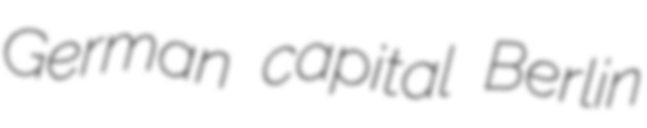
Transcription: German capital Berlin